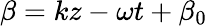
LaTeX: \beta=kz-\omega t+\beta_{0}